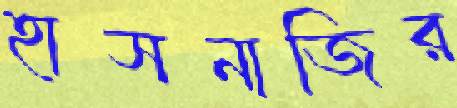
হাসনাজির